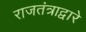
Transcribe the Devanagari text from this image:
राजतंत्राद्वारे